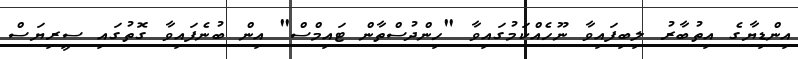
އިންޑިޔާގެ އިތުބާރު ލިބިފައިވާ ނޫހެއްކަމުގައިވާ "ހިންދުސްތާން ޓައިމްސް" އިން ބުނެފައިވާ ގޮތުގައި ސީރިޔަސް